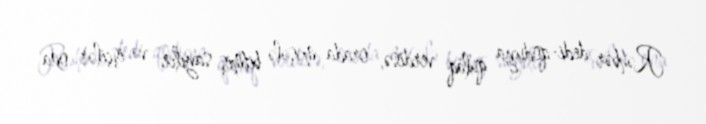
Rəhbər dedi-qoduya qulaq verdisə, orada məsələ bitmiş sayılır və işçilər ona